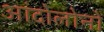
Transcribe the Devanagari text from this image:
आंदोलोनों